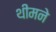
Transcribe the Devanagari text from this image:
थीमने